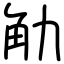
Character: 觔